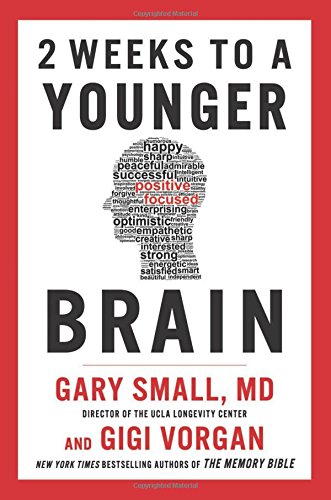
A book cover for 2 Weeks To A Younger Brain; Gary Small; Self-Help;